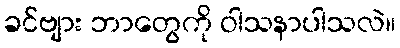
ခင်ဗျား ဘာတွေကို ဝါသနာပါသလဲ။